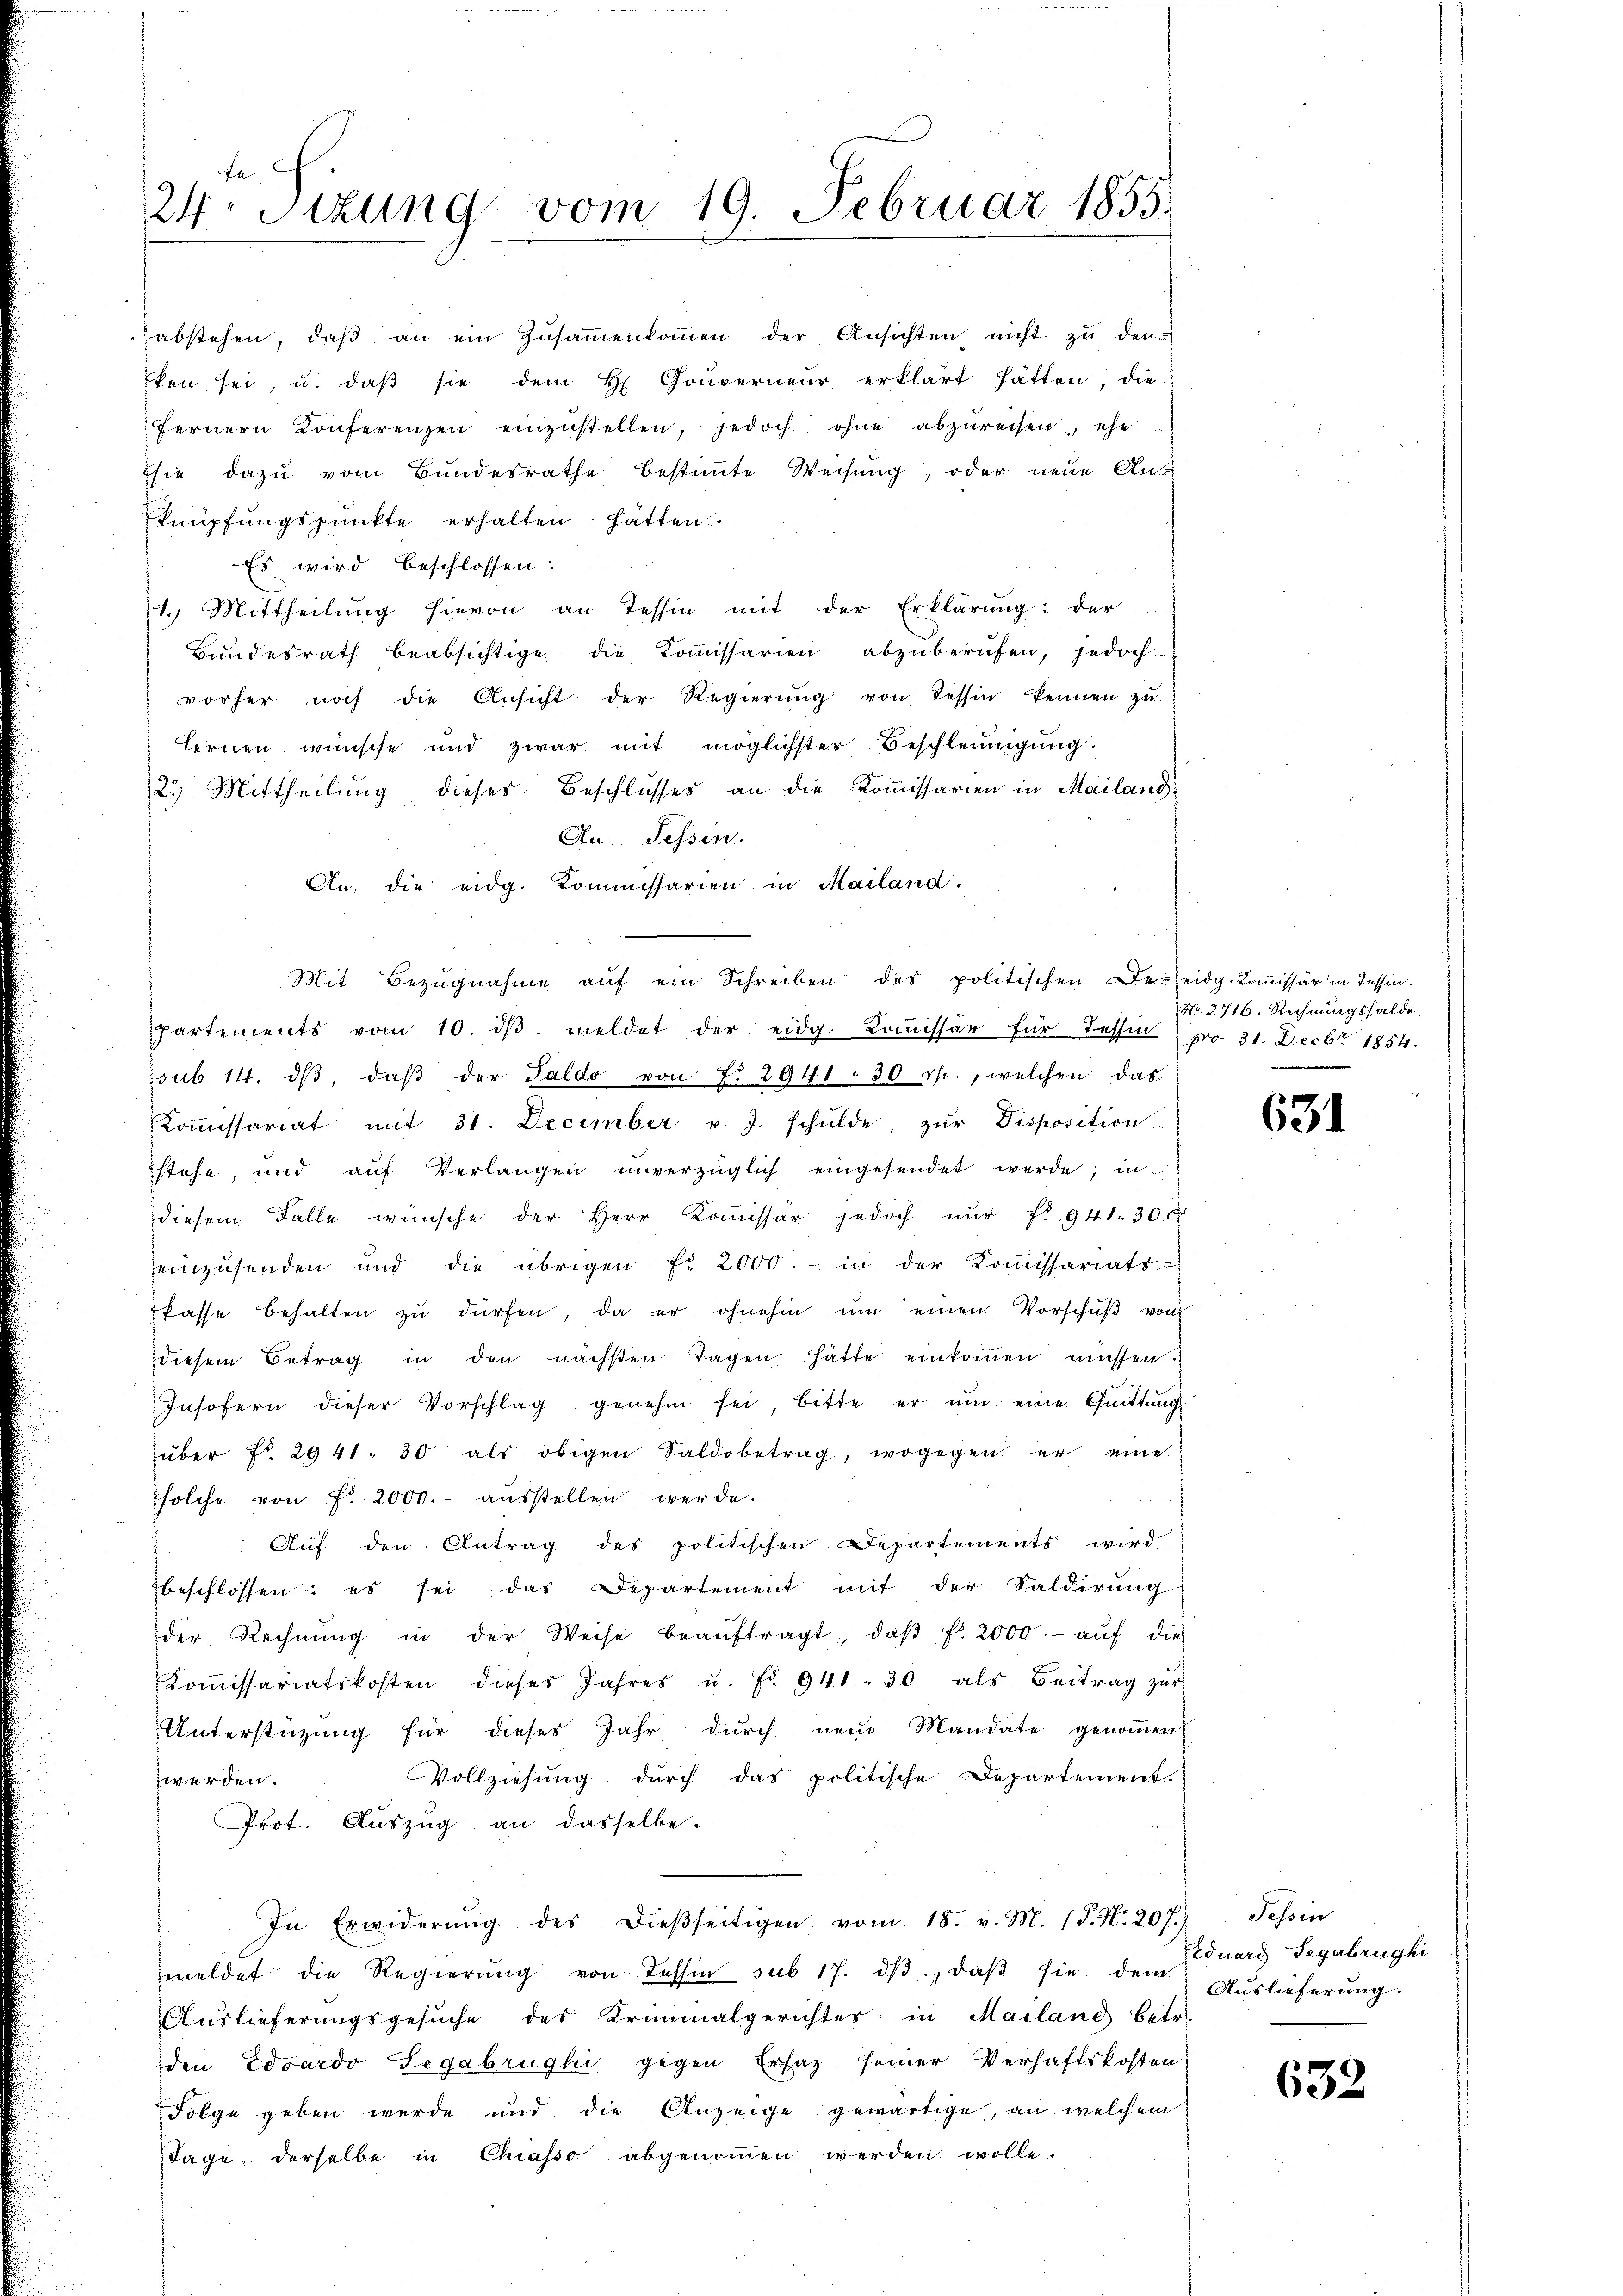
24. Sitzung vom 19. Februar 1855

Es wird beschlossen:
1. Mittheilŭng hievon an Tessin mit der Erklärung: der
Bundesrath beabsichtige die Koṁissarien abzŭberŭfen, jedoch
vorher noch die Ansicht der Regierŭng von Tessin kennen zŭ
lernen wünsche und zwar mit möglichster Beschleunigung.
2.) Mittheilung dieses Beschlusses an die Kommissarien in Mailand
Au. Fessen.
An, die eidg. Kommissarien in Mailand.
partements vom 10. dβ meldet der eidg. Koṁissär für Tessin pro 31. Decbr 1854.
sub 14. dβ, daβ der Saldo von f. 2941 : 30 rp., welchen das
Koṁissariat mit 31. December v. J. schŭlde, zŭr Disposition
stehe, und aŭf Verlangen unverzüglich eingesendet werde; in
diesem Falle wünsche der Herr Koṁissor jedoch nŭr f. 941. 30 x
einzusenden und die übrigen fr. 2000.- in der Koṁissariats-
Pässe behalten zŭ dürfen, da er ohnehin ŭm einen Vorschŭβ von
diesem Betrag in den nächsten Tagen hatte einkommen müssen.
Insofern dieser Vorschlag genehm sei, bitte er ŭm eine Quittŭng
über fr. 2941. 30 als obigen Saldobetrag, wogegen er eine
solche von fr. 2000.- aŭsstellen werde.
Auf den Antrag des politischen Departements wird
beschlossen: es sei das Departement mit der Saldirung
der Rechnŭng in der Weise beaŭftragt, daβ fr. 2000.- aŭf die
Koṁissariatskosten dieses Jahres u. Fr. 941. 30 als Beitrag zŭr
Unterstützung für dieses Jahr dŭrch neue Mandate genoṁen
Vollziehung durch das politische Departement.
zwerden.
Prot. Auszug an dasselbe.
In Erwiderŭng des dieβseitigen vom 18. v. M. 1 S. Nr. 207.) Tessin
meldet die Regierŭng von Tessin sub 17. dβ, daβ sie dem Aŭslieferŭng.
Auslieferungsgesŭche des Kriminalgerichtes in Mailand betr.
den Eduardo Tegabrughi gegen Ersaz seiner Verhaftskosten
Folge geben wurde und die Anzeige gewärtige, an welchem
Tage, derselbe in Chiasso abgenoṁen werden wolle.

abstehen, daβ an ein Zŭsaṁenkoṁen der Ansichten nicht zŭ den
ken sei, u. daβ sie dem H Couverneur erklärt hätten, die
fernern Konferenzen einzŭstellen, jedoch ohne abzureisen, ehe
sie dazu vom Bundesrathe bestimmte Weisung, oder neue Aus
knüpfungspunkte erhalten hätten.

Mit Bezŭgnahme aŭf ein Schreiben des politischen De-seidg. Koṁissär in Tessin-

No. 2716. Rechnungssaldo

631

Eduard Sagabrughi

632